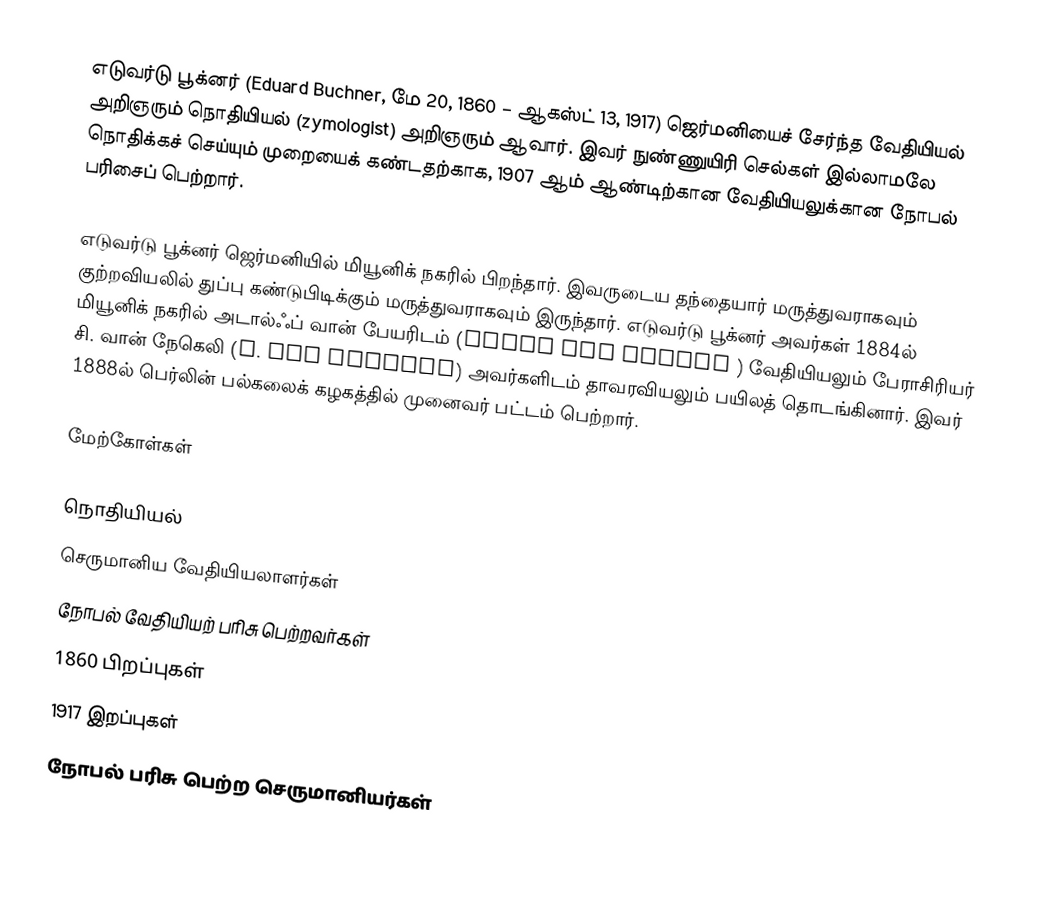
எடுவர்டு பூக்னர் (Eduard Buchner, மே 20, 1860 – ஆகஸ்ட் 13, 1917) ஜெர்மனியைச் சேர்ந்த வேதியியல் அறிஞரும் நொதியியல் (zymologist) அறிஞரும் ஆவார். இவர் நுண்ணுயிரி செல்கள் இல்லாமலே நொதிக்கச் செய்யும் முறையைக் கண்டதற்காக, 1907 ஆம் ஆண்டிற்கான வேதியியலுக்கான நோபல் பரிசைப் பெற்றார்.

எடுவர்டு பூக்னர் ஜெர்மனியில் மியூனிக் நகரில் பிறந்தார். இவருடைய தந்தையார் மருத்துவராகவும் குற்றவியலில் துப்பு கண்டுபிடிக்கும் மருத்துவராகவும் இருந்தார். எடுவர்டு பூக்னர் அவர்கள் 1884ல் மியூனிக் நகரில் அடால்ஃப் வான் பேயரிடம் (Adolf von Baeyer ) வேதியியலும் பேராசிரியர் சி. வான் நேகெலி (C. von Naegeli) அவர்களிடம் தாவரவியலும் பயிலத் தொடங்கினார். இவர் 1888ல் பெர்லின் பல்கலைக் கழகத்தில் முனைவர் பட்டம் பெற்றார்.

மேற்கோள்கள்

நொதியியல்
செருமானிய வேதியியலாளர்கள்
நோபல் வேதியியற் பரிசு பெற்றவர்கள்
1860 பிறப்புகள்
1917 இறப்புகள்
நோபல் பரிசு பெற்ற செருமானியர்கள்